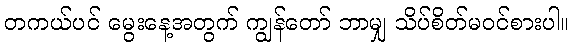
တကယ်ပင် မွေးနေ့အတွက် ကျွန်တော် ဘာမျှ သိပ်စိတ်မဝင်စားပါ။